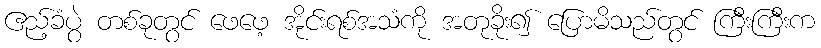
ဧည့်ခံပွဲ တစ်ခုတွင် ဖေဖေ့ အိုင်းရစ်အသံကို အတုခိုး၍ ပြောမိသည်တွင် ကြီးကြီးက